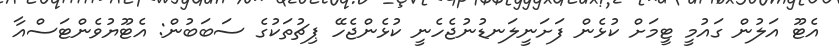
އެޓޫ އަލުން ގައުމީ ޓީމަށް ކުޅެން ފަށަނީލަނޑުނުޖެހެނީ ކުޅެންޖެހޭ ޕިޗުތަކުގެ ސަބަބުން: އެޓޫޔުވެންޓަސްއާ